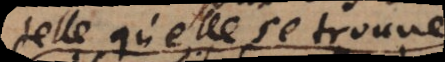
telle qu’elle se trouve,